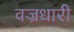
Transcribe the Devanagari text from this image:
वज्रधारी